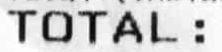
TOTAL: